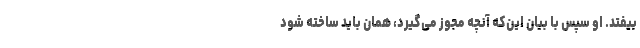
بیفتد. او سپس با بیان این‌که آنچه مجوز می‌گیرد، همان باید ساخته شود